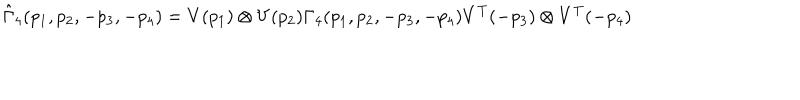
LaTeX: \hat { \Gamma } _ { 4 } ( p _ { 1 } , p _ { 2 } , - p _ { 3 } , - p _ { 4 } ) = V ( p _ { 1 } ) \otimes V ( p _ { 2 } ) { \Gamma } _ { 4 } ( p _ { 1 } , p _ { 2 } , - p _ { 3 } , - p _ { 4 } ) V ^ { T } ( - p _ { 3 } ) \otimes V ^ { T } ( - p _ { 4 } )